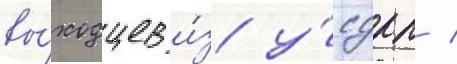
вы́ходцев и́з у́сдрп /